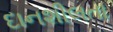
દાનશીલતા